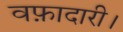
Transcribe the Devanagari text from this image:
वफ़ादारी।